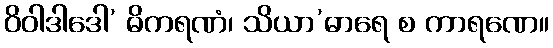
ဝိဝါဒါဒေါ’ ဓိကရဏံ၊ သိယာ’ဓာရေ စ ကာရဏေ။